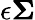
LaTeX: \epsilon\mathbf{\Sigma}